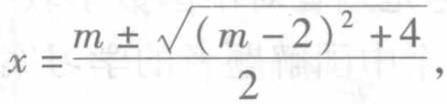
\(x = \frac{m \pm \sqrt{(m - 2)^2 + 4}}{2},\)